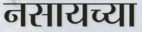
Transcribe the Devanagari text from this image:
नसायच्या